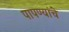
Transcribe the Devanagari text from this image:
पापण्यांचे